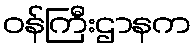
ဝန်ကြီးဌာနက